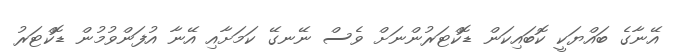
އޭނާގެ ބައްޔަކީ ކޮބައިކަން ޑޮކްޓަރުންނަށް ވެސް ނޭނގޭ ކަމަށާއި އޭނާ އުފަންވުމުން ޑޮކްޓަރު